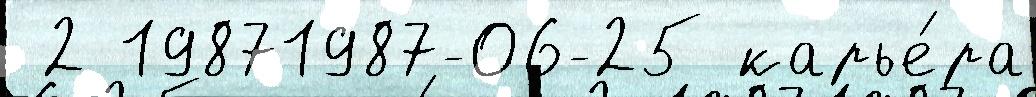
 2 19871987-06-25 карье́ра